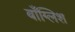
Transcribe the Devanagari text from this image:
बाँग्लिश